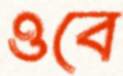
ওবে